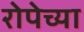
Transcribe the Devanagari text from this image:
रोपेच्या